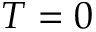
T = 0